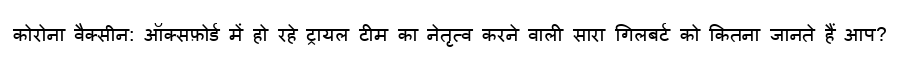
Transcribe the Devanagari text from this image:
कोरोना वैक्सीन: ऑक्सफ़ोर्ड में हो रहे ट्रायल टीम का नेतृत्व करने वाली सारा गिलबर्ट को कितना जानते हैं आप?